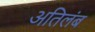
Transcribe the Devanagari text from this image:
अतिलंब